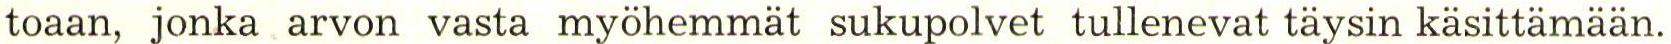
toaan, jonka arvon vasta myöhemmät sukupolvet tullenevat täysin käsittämään.